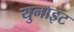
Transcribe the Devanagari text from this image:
युनाइट